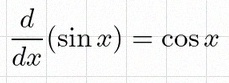
\frac{d}{dx}(\sin x)=\cos x